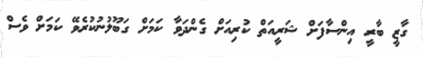
ގާޒީ ބާރީ އިންސާފަށް ޝަރީއަތް ކުރިއަށް ގެންދަވާ ކަމަށް ގަބޫލުނުކުރެވޭ ކަމަށް ވެސް